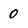
Character: 0